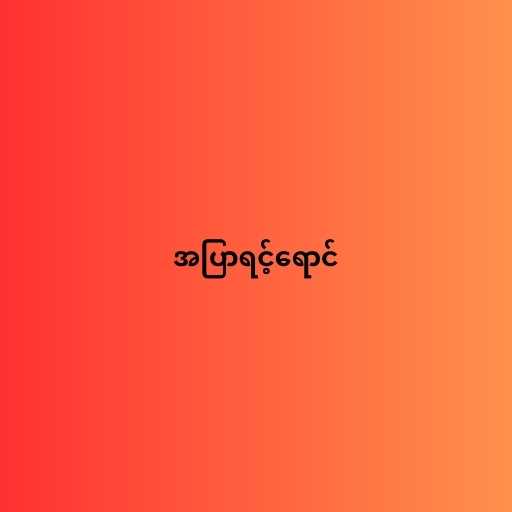
အပြာရင့်ရောင်